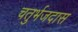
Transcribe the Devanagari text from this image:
चतुर्भजदास